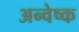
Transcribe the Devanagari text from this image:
अन्वेष्क